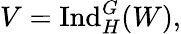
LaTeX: V={\mathrm{Ind}}_{H}^{G}(W),